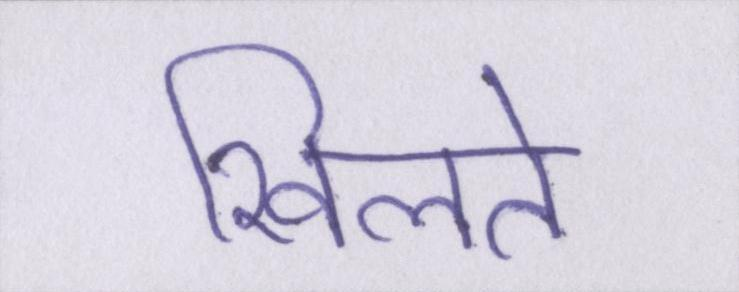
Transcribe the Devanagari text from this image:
खिलते